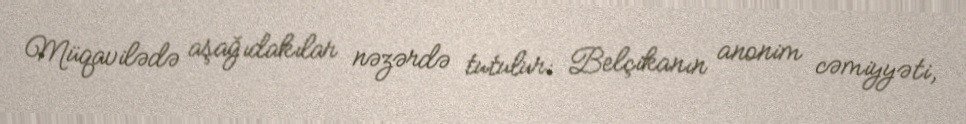
Müqavilədə aşağıdakılar nəzərdə tutulur: Belçikanın anonim cəmiyyəti,